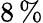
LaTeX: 8\, \%